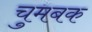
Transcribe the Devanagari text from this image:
चुमबक